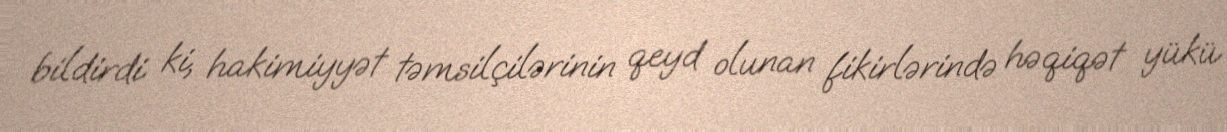
bildirdi ki, hakimiyyət təmsilçilərinin qeyd olunan fikirlərində həqiqət yükü